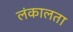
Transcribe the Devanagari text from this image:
लंकालता